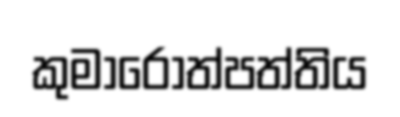
කුමාරෝත්පත්තිය